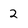
Character: 2